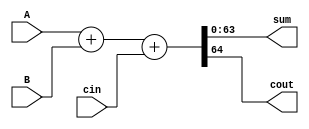
module Adder64 (A, B, cin, sum, cout);
input [63:0] A, B;
input cin;
output [63:0] sum;
output cout;
assign {cout, sum} = A + B + cin;
endmodule